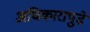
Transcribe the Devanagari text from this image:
अधिकारापुढे